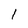
Character: l